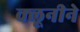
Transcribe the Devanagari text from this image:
क्लूनीने